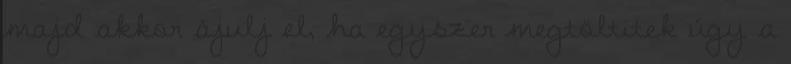
majd akkor ájulj el, ha egyszer megtöltitek úgy a